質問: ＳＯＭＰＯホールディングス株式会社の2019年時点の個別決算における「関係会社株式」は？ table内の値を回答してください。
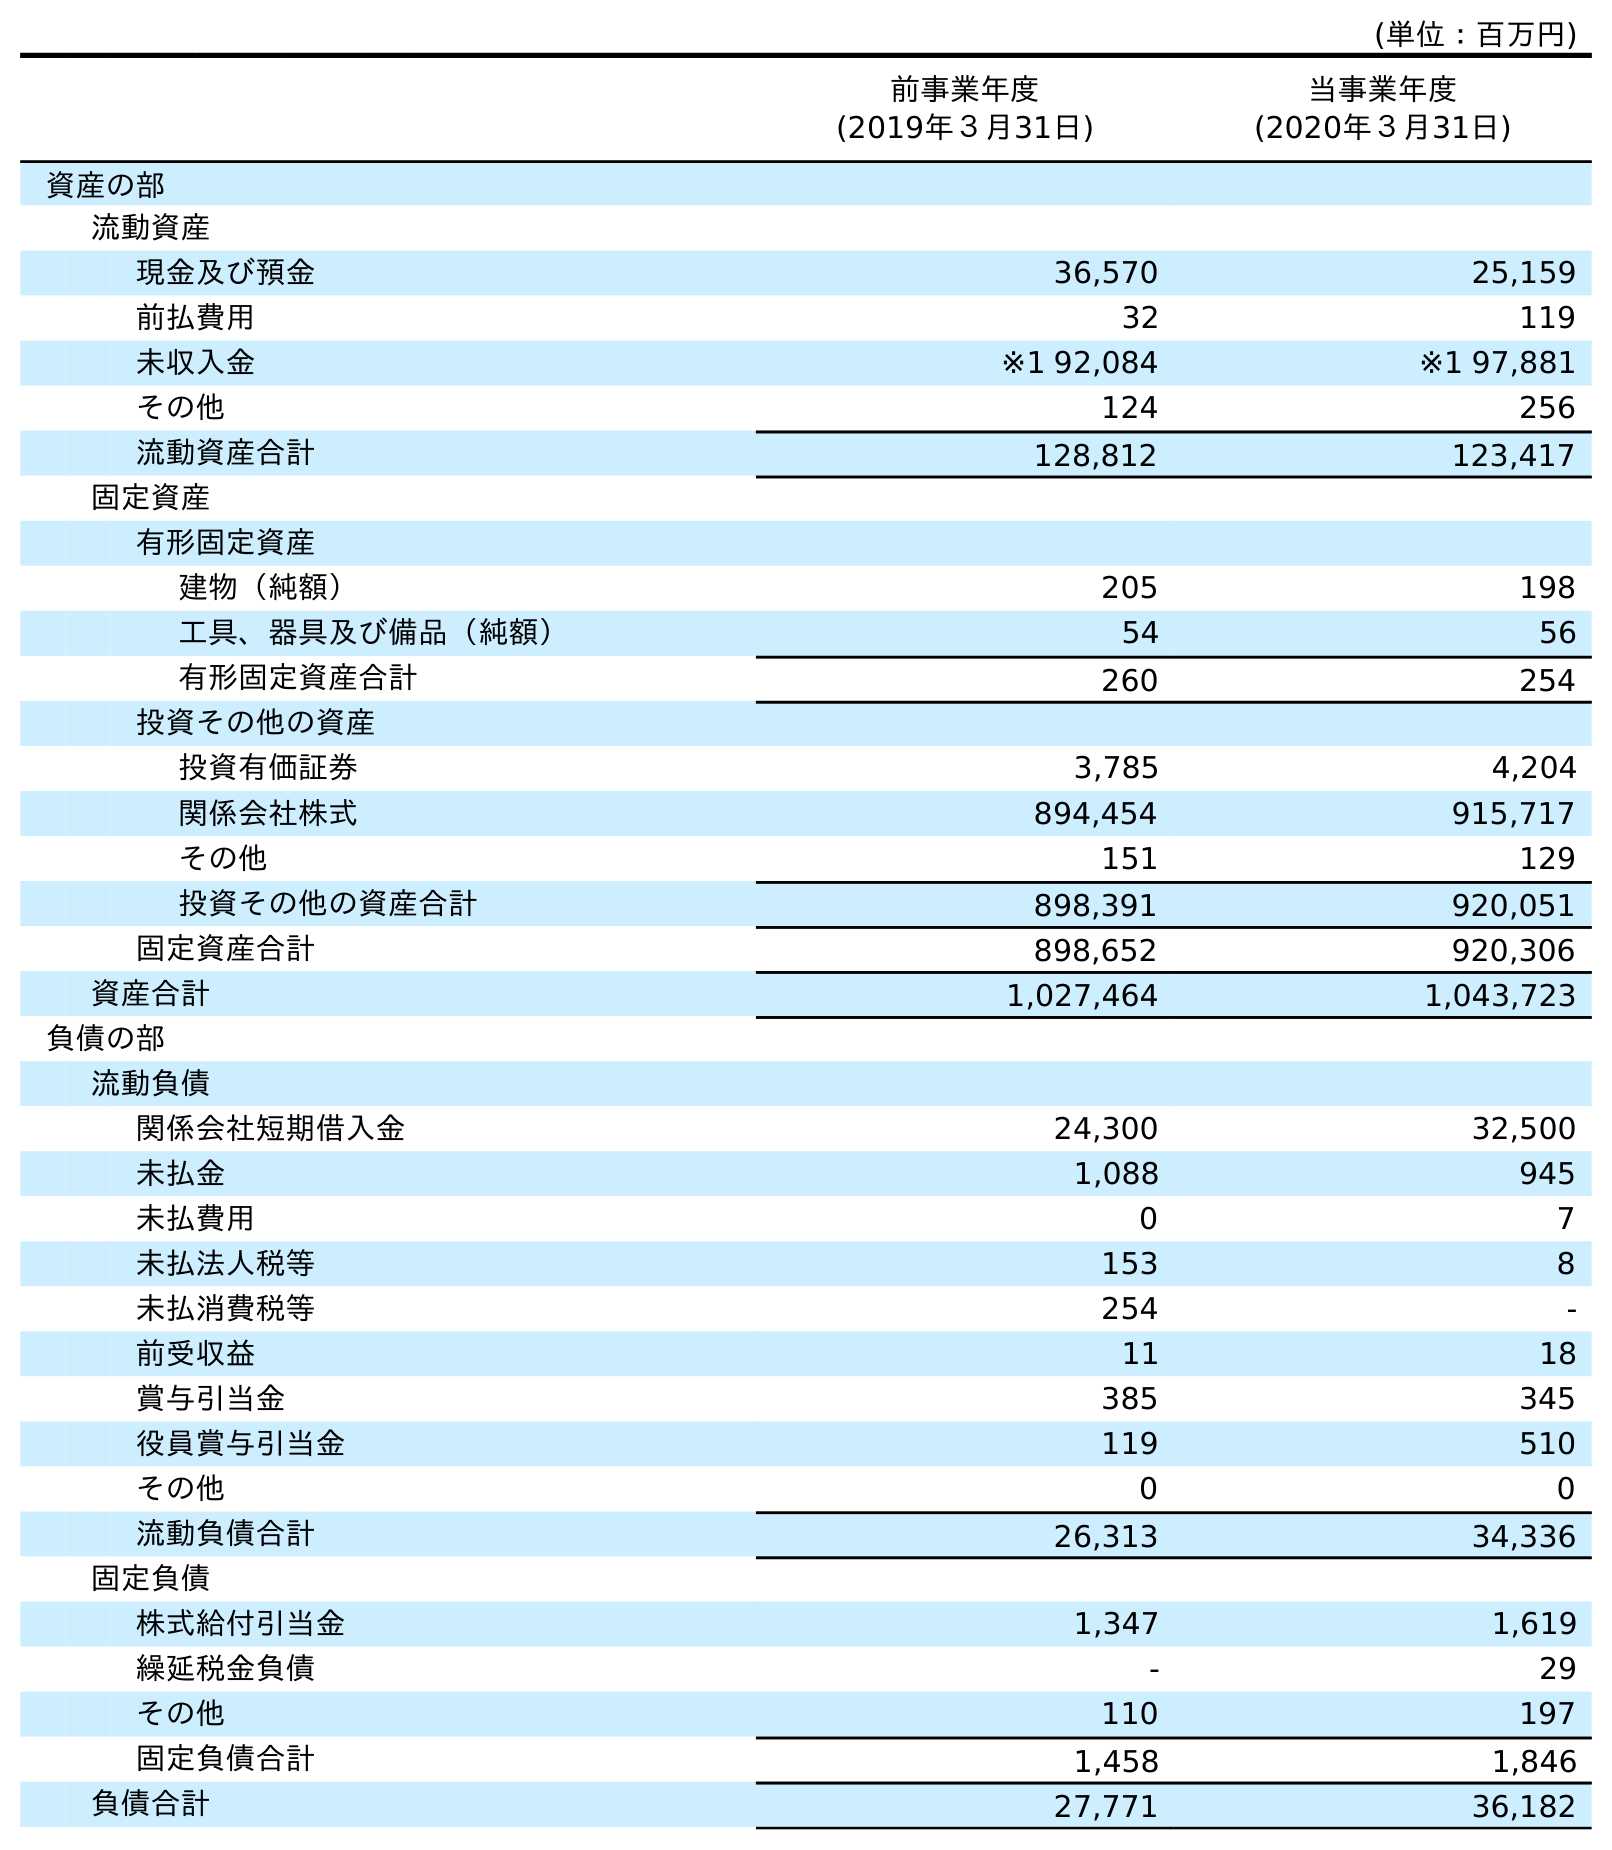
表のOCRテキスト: (単位：百万円) 前事業年度 (2019年３月31日) 当事業年度 (2020年３月31日) 資産の部 流動資産 現金及び預金 36,570 25,159 前払費用 32 119 未収入金 ※1 92,084 ※1 97,881 その他 124 256 流動資産合計 128,812 123,417 固定資産 有形固定資産 建物（純額） 205 198 工具、器具及び備品（純額） 54 56 有形固定資産合計 260 254 投資その他の資産 投資有価証券 3,785 4,204 関係会社株式 894,454 915,717 その他 151 129 投資その他の資産合計 898,391 920,051 固定資産合計 898,652 920,306 資産合計 1,027,464 1,043,723 負債の部 流動負債 関係会社短期借入金 24,300 32,500 未払金 1,088 945 未払費用 0 7 未払法人税等 153 8 未払消費税等 254 - 前受収益 11 18 賞与引当金 385 345 役員賞与引当金 119 510 その他 0 0 流動負債合計 26,313 34,336 固定負債 株式給付引当金 1,347 1,619 繰延税金負債 - 29 その他 110 197 固定負債合計 1,458 1,846 負債合計 27,771 36,182
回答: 894,454